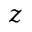
z